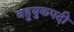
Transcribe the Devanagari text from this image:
बहुयुकपदी